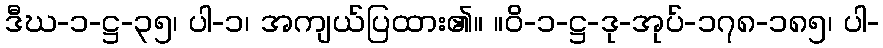
ဒီဃ-၁-ဋ္ဌ-၃၅၊ ပါ-၁၊ အကျယ်ပြထား၏။ ။ဝိ-၁-ဋ္ဌ-ဒု-အုပ်-၁၇၈-၁၈၅၊ ပါ-